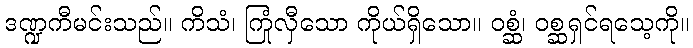
ဒဏ္ဍကီမင်းသည်။ ကိသံ၊ ကြုံလှီသော ကိုယ်ရှိသော။ ဝစ္ဆံ၊ ဝစ္ဆရှင်ရသေ့ကို။